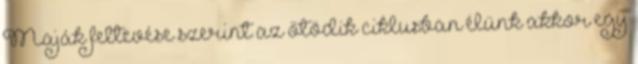
Maják feltevése szerint az ötödik ciklusban élünk akkor egy